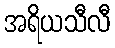
အရိယသီလီ